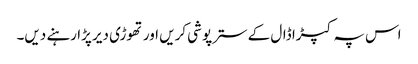
اس پہ کپڑا ڈال کے سترپوشی کریں اور تھوڑی دیر پڑا رہنے دیں۔